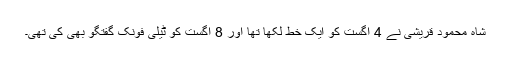
شاہ محمود قریشی نے 4 اگست کو ایک خط لکھا تھا اور 8 اگست کو ٹیلی فونک گفتگو بھی کی تھی۔